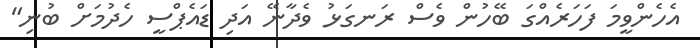
އެހެންވީމަ ފަހަރެއްގަ ބޭހުން ވެސް ރަނގަޅު ވެދާނޭ އަދި ޑައެޕްސީ ހެދުމަށް ބުނި"